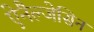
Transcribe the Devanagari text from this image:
ऐनैल्जेसिन